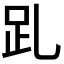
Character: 𧾹